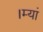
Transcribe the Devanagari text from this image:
।म्यां